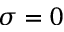
\sigma = 0